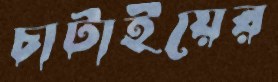
চাটাইয়ের